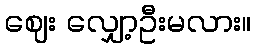
ဈေး လျှော့ဦးမလား။